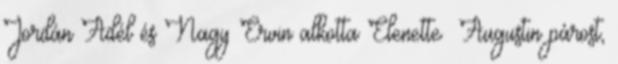
Jordán Adél és Nagy Ervin alkotta Elenette– Augustin párost,